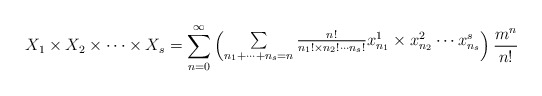
\begin{align*} X_1\times X_2\times\cdots\times X_s=\sum\limits_{n=0}^{\infty}\begin{pmatrix}\sum\limits_{n_1+\cdots+n_s= n}\frac{n!}{n_1!\times n_2!\cdots n_s!}x_{n_1}^{1}\times x_{n_2}^{2}\cdots x_{n_s}^{s}\end{pmatrix}\frac{m^n}{n!}\end{align*}